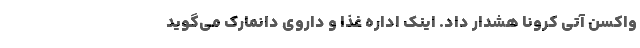
واکسن آتی کرونا هشدار داد. اینک اداره غذا و داروی دانمارک می‌گوید